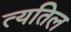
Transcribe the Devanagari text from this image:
त्यतिल